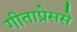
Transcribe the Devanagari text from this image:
गीताप्रेससे